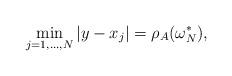
LaTeX: \begin{align*}\min_{j=1,\ldots, N}|y-x_j|=\rho_A(\omega^*_N),\end{align*}